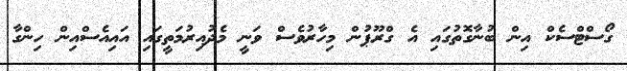
ގޯސްޓްސެކް އިން ބުނާގޮތުގައި އެ ގްރޫޕުން މިހާރުވެސް ވަނީ މެދުއިރުމަތީގައި އައިއެސްއިން ހިންގާ